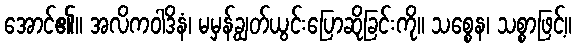
အောင်၏။ အလိကဝါဒိနံ၊ မမှန်ချွတ်ယွင်းပြောဆိုခြင်းကို။ သစ္စေန၊ သစ္စာဖြင့်။